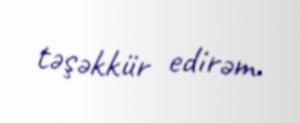
təşəkkür edirəm.